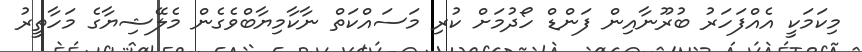
މިކަމަކީ އެއްފަހަރު ބުރޫނާއިން ފަންޑް ހޯދުމަށް ކުރި މަސައްކަތް ނާކާމިޔާބްވެގެން މެލޭޝިޔާގެ މަހާތީރު